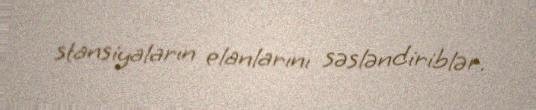
stansiyaların elanlarını səsləndiriblər.